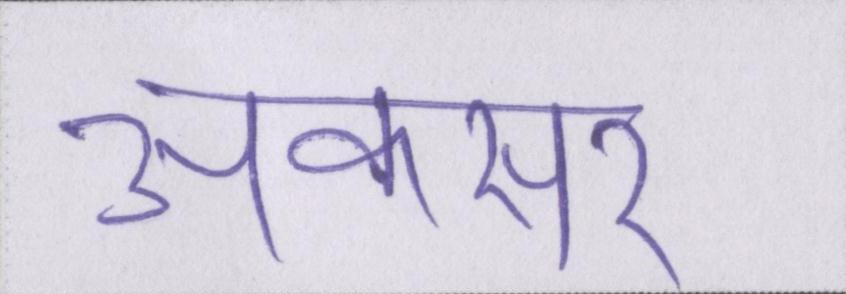
अकसर